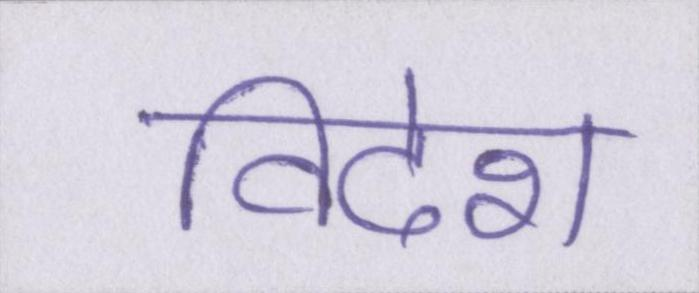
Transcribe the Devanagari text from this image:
विदेश